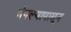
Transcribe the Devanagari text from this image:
बंगल्यापासून